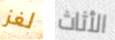
لغز الأثاث